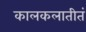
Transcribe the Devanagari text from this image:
कालकलातीतं